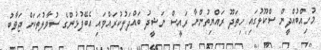
މުހިއްބުއްދީން ސްކޫލުގައި ހިތަދޫ ރައްޔިތުންނާ ރައީސް ނަޝީދު ބައްދަލުކުރައްވައި އެބޭފުޅުންގެ ސުވާލުތަކަށް ޖަވާބު